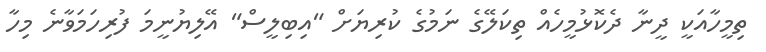
ތިމީހާއަކީ ދީނާ ދެކޮޅުމީހެއް ތިކަލޭގެ ނަމުގެ ކުރިޔަށް "އިބިލީސް" އޭލިޔުނީމަ ފުރިހަމަވާނެ މިހާ